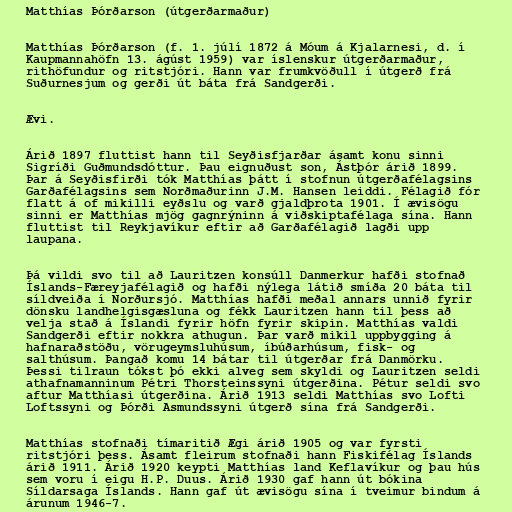
Matthías Þórðarson (útgerðarmaður)

Matthías Þórðarson (f. 1. júlí 1872 á Móum á Kjalarnesi, d. í
Kaupmannahöfn 13. ágúst 1959) var íslenskur útgerðarmaður,
rithöfundur og ritstjóri. Hann var frumkvöðull í útgerð frá
Suðurnesjum og gerði út báta frá Sandgerði.

Ævi.

Árið 1897 fluttist hann til Seyðisfjarðar ásamt konu sinni
Sigríði Guðmundsdóttur. Þau eignuðust son, Ástþór árið 1899.
Þar á Seyðisfirði tók Matthías þátt í stofnun útgerðafélagsins
Garðafélagsins sem Norðmaðurinn J.M. Hansen leiddi. Félagið fór
flatt á of mikilli eyðslu og varð gjaldþrota 1901. Í ævisögu
sinni er Matthías mjög gagnrýninn á viðskiptafélaga sína. Hann
fluttist til Reykjavíkur eftir að Garðafélagið lagði upp
laupana.

Þá vildi svo til að Lauritzen konsúll Danmerkur hafði stofnað
Íslands-Færeyjafélagið og hafði nýlega látið smíða 20 báta til
síldveiða í Norðursjó. Matthías hafði meðal annars unnið fyrir
dönsku landhelgisgæsluna og fékk Lauritzen hann til þess að
velja stað á Íslandi fyrir höfn fyrir skipin. Matthías valdi
Sandgerði eftir nokkra athugun. Þar varð mikil uppbygging á
hafnaraðstöðu, vörugeymsluhúsum, íbúðarhúsum, fisk- og
salthúsum. Þangað komu 14 bátar til útgerðar frá Danmörku.
Þessi tilraun tókst þó ekki alveg sem skyldi og Lauritzen seldi
athafnamanninum Pétri Thorsteinssyni útgerðina. Pétur seldi svo
aftur Matthíasi útgerðina. Árið 1913 seldi Matthías svo Lofti
Loftssyni og Þórði Asmundssyni útgerð sína frá Sandgerði.

Matthías stofnaði tímaritið Ægi árið 1905 og var fyrsti
ritstjóri þess. Ásamt fleirum stofnaði hann Fiskifélag Íslands
árið 1911. Árið 1920 keypti Matthías land Keflavíkur og þau hús
sem voru í eigu H.P. Duus. Árið 1930 gaf hann út bókina
Síldarsaga Íslands. Hann gaf út ævisögu sína í tveimur bindum á
árunum 1946-7.